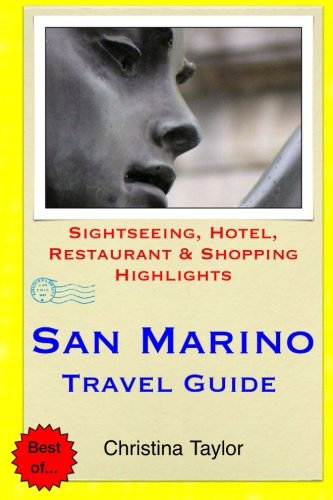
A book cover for San Marino Travel Guide: Sightseeing, Hotel, Restaurant & Shopping Highlights; Christina Taylor; Travel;